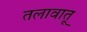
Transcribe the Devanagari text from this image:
तलावातू